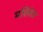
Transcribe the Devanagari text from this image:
मतिरेवं